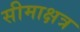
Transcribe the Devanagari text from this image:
सीमाक्षत्र